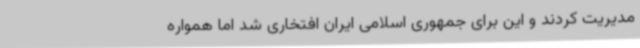
مدیریت کردند و این برای جمهوری اسلامی ایران افتخاری شد اما همواره